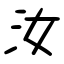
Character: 汝